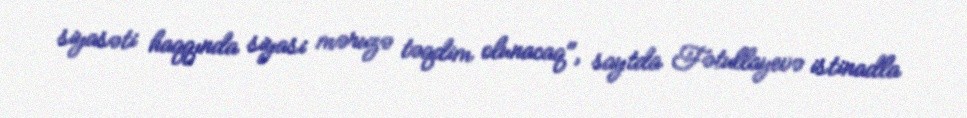
siyasəti haqqında siyasi məruzə təqdim olunacaq", saytda Fətullayevə istinadla